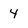
Character: 4